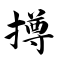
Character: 撙